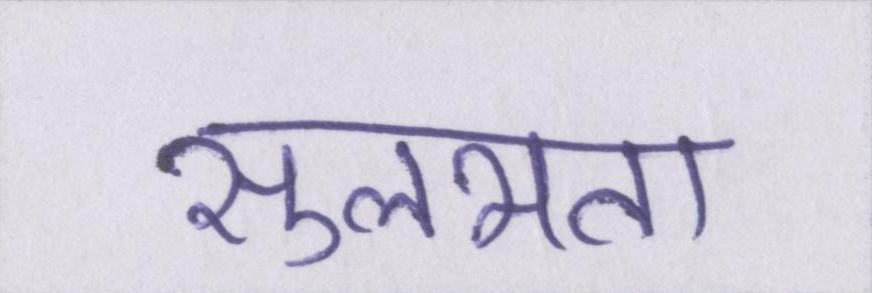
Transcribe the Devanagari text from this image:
सुलभता